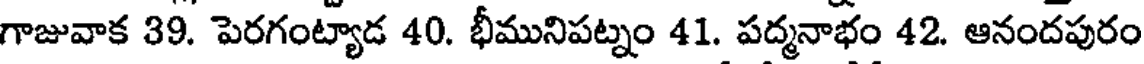
గాజువాక 39. పెరగంట్యాడ 40. భీమునిపట్నం 41. పద్మనాభం 42. ఆనందపురం